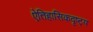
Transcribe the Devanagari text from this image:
ऐतिहासिकदृष्ट्य